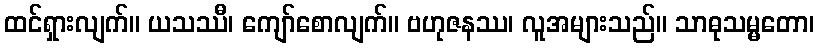
ထင်ရှားလျက်။ ယသဿီ၊ ကျော်စောလျက်။ ဗဟုဇနဿ၊ လူအများသည်။ သာဓုသမ္မတော၊